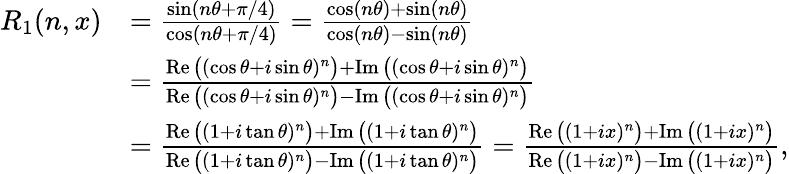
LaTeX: \begin{array}{rl}{R_{1}(n,x)}&{=\frac{\sin(n\theta+\pi/4)}{\cos(n\theta+\pi/4)}=\frac{\cos(n\theta)+\sin(n\theta)}{\cos(n\theta)-\sin(n\theta)}}\\ &{=\frac{\operatorname{Re}\big((\cos\theta+i\sin\theta)^{n}\big)+\operatorname{Im}\big((\cos\theta+i\sin\theta)^{n}\big)}{\operatorname{Re}\big((\cos\theta+i\sin\theta)^{n}\big)-\operatorname{Im}\big((\cos\theta+i\sin\theta)^{n}\big)}}\\ &{=\frac{\operatorname{Re}\big((1+i\tan\theta)^{n}\big)+\operatorname{Im}\big((1+i\tan\theta)^{n}\big)}{\operatorname{Re}\big((1+i\tan\theta)^{n}\big)-\operatorname{Im}\big((1+i\tan\theta)^{n}\big)}=\frac{\operatorname{Re}\big((1+ix)^{n}\big)+\operatorname{Im}\big((1+ix)^{n}\big)}{\operatorname{Re}\big((1+ix)^{n}\big)-\operatorname{Im}\big((1+ix)^{n}\big)},}\end{array}